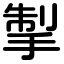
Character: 掣